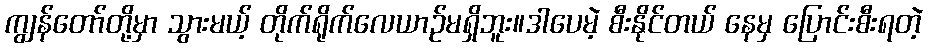
ကျွန်တော်တို့မှာ သွားမယ့် တိုက်ရိုက်လေယာဉ်မရှိဘူး။ဒါပေမဲ့ စီးနိုင်တယ် နေမှ ပြောင်းစီးရတဲ့